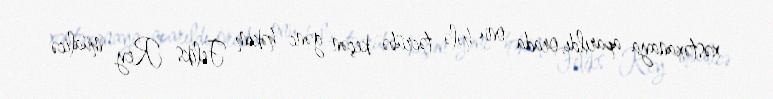
xəstəxanaya aparıldı, orada onu hələ təcrübə keçən gənc həkim Feliks Rey müalicə